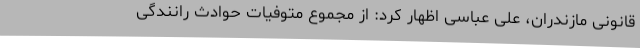
قانونی مازندران، علی عباسی اظهار کرد: از مجموع متوفیات حوادث رانندگی